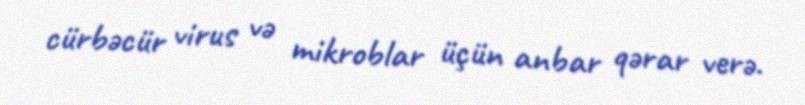
cürbəcür virus və mikroblar üçün anbar qərar verə.